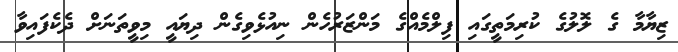
ޒިޔާމާ ގެ ލޮލުގެ ކުރިމަތީގައި ފިލްމެއްގެ މަންޒަރުހެން ނިއުޅެވިގެން ދިޔައީ މިވީތަނަށް ދެކެފައިވާ